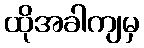
ထိုအခါကျမှ